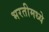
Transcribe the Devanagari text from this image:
भरतीमध्ये